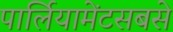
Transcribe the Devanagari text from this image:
पार्लियामेंटसबसे